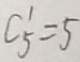
C ^ { 1 } _ { 5 } = 5